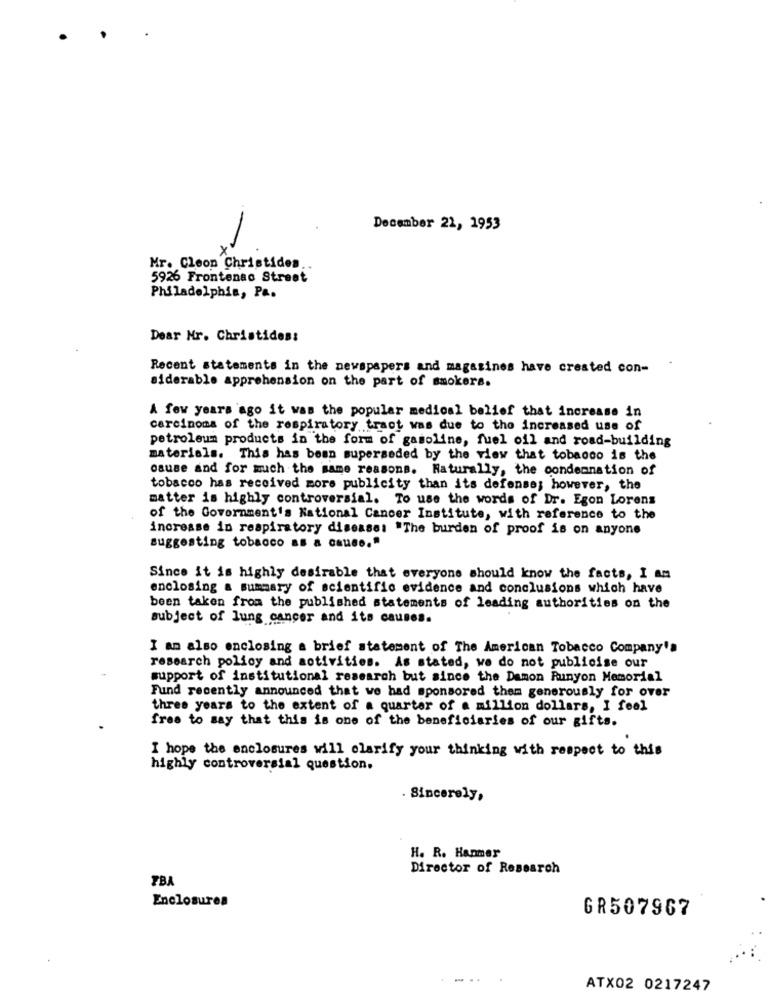
December 21, 1953
X
Mr. Cleon Christides
5926 Frontenac Street
Philadelphia, Pa.
Dear Mr. Christides:
Recent statements in the newspapers and magazines have created con-
siderable apprehension on the part of smokers.
A few years ago it was the popular medical belief that increase in
carcinoma of the respiratory tract was due to the increased use of
petroleum products in the form of gasoline, fuel oil and road-building
materials. This has been superseded by the view that tobacco is the
osuse and for much the same reasons. Naturally, the condemnation of
tobacco has received more publicity than its defense; however, the
matter is highly controversial. To use the words of Dr. Egon Lorens
of the Government's National Cancer Institute, with reference to the
increase in respiratory diseases "The burden of proof is on anyone
suggesting tobacco as a cause."
Since it is highly desirable that everyone should know the facts, I am
enclosing a summary of scientific evidence and conclusions which have
been taken from the published statements of leading authorities on the
subject of lung cancer and its causes.
I am also enclosing a brief statement of The American Tobacco Company's
research policy and activities. As stated, we do not publicise our
support of institutional research but since the Damon Runyon Memorial
Fund recently announced that we had sponsored them generously for over
three years to the extent of a quarter of a million dollars, I feel
free to say that this is one of the beneficiaries of our gifts.
I hope the enclosures will clarify your thinking with respect to this
highly controversial question.
. Sincerely,
H. R. Hanmer
Director of Research
TB
Enclosures
GR507967
ATX02 0217247